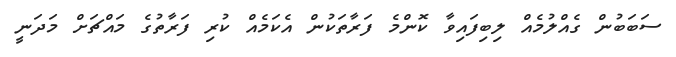
ސަބަބުން ގެއްލުމެއް ލިބިފައިވާ ކޮންމެ ފަރާތަކުން އެކަމެއް ކުރި ފަރާތުގެ މައްޗަށް މަދަނީ